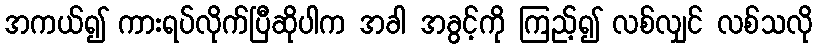
အကယ်၍ ကားရပ်လိုက်ပြီဆိုပါက အခါ အခွင့်ကို ကြည့်၍ လစ်လျှင် လစ်သလို